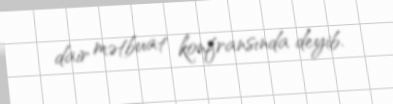
dair mətbuat konfransında deyib.